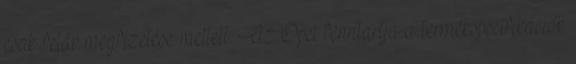
csak felár megfizetése mellett. Az Opel fenntartja a termékspecifikációk